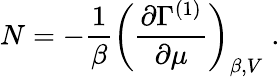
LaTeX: N=-\frac{1}{\beta}\left(\frac{\partial\Gamma^{(1)}}{\partial\mu}\right)_{\beta,V}\; .